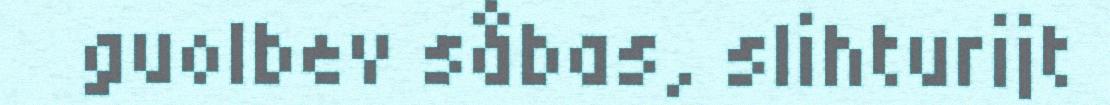
guolbev såbas, slihturijt